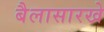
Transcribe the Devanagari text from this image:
बैलासारखे